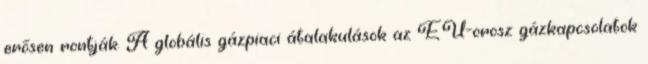
erősen rontják. A globális gázpiaci átalakulások az EU-orosz gázkapcsolatok